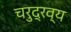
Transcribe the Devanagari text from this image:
चरुद्रव्य